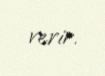
verir.